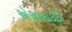
એસઆઇટી